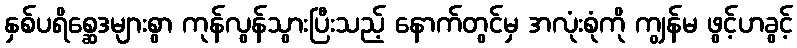
နှစ်ပရိစ္ဆေဒများစွာ ကုန်လွန်သွားပြီးသည့် နောက်တွင်မှ အလုံးစုံကို ကျွန်မ ဖွင့်ဟခွင့်